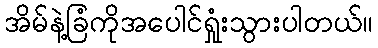
အိမ်နဲ့ခြံကိုအပေါင်ရှုံးသွားပါတယ်။